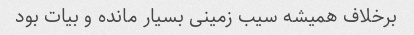
برخلاف همیشه سیب زمینی بسیار مانده و بیات بود